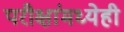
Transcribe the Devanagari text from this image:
परीक्षांमध्येही